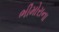
ભીમોરાના